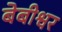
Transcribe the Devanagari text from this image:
बेबीश्वर